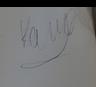
Signature authenticity: genuine